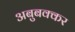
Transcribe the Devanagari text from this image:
अबुबक्कर